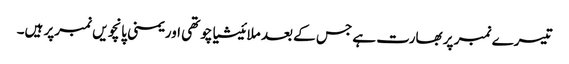
تیسرے نمبر پر بھارت ہے جس کے بعد ملائیشیاچوتھی اور یمنی پانچویں نمبرپر ہیں۔